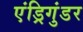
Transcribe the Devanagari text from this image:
एंड्रिगुंडर